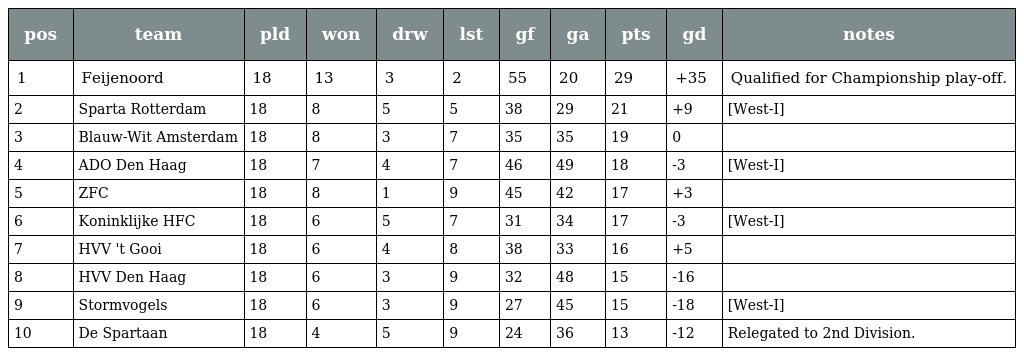
| pos | team | pld | won | drw | lst | gf | ga | pts | gd | notes |
 | --- | --- | --- | --- | --- | --- | --- | --- | --- | --- | --- |
 | 1 | Feijenoord | 18 | 13 | 3 | 2 | 55 | 20 | 29 | +35 | Qualified for Championship play-off. |
 | 2 | Sparta Rotterdam | 18 | 8 | 5 | 5 | 38 | 29 | 21 | +9 | [West-I] |
 | 3 | Blauw-Wit Amsterdam | 18 | 8 | 3 | 7 | 35 | 35 | 19 | 0 |  |
 | 4 | ADO Den Haag | 18 | 7 | 4 | 7 | 46 | 49 | 18 | -3 | [West-I] |
 | 5 | ZFC | 18 | 8 | 1 | 9 | 45 | 42 | 17 | +3 |  |
 | 6 | Koninklijke HFC | 18 | 6 | 5 | 7 | 31 | 34 | 17 | -3 | [West-I] |
 | 7 | HVV 't Gooi | 18 | 6 | 4 | 8 | 38 | 33 | 16 | +5 |  |
 | 8 | HVV Den Haag | 18 | 6 | 3 | 9 | 32 | 48 | 15 | -16 |  |
 | 9 | Stormvogels | 18 | 6 | 3 | 9 | 27 | 45 | 15 | -18 | [West-I] |
 | 10 | De Spartaan | 18 | 4 | 5 | 9 | 24 | 36 | 13 | -12 | Relegated to 2nd Division. |